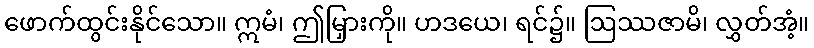
ဖောက်ထွင်းနိုင်သော။ ဣမံ၊ ဤမြှားကို။ ဟဒယေ၊ ရင်၌။ ဩဿဇာမိ၊ လွှတ်အံ့။